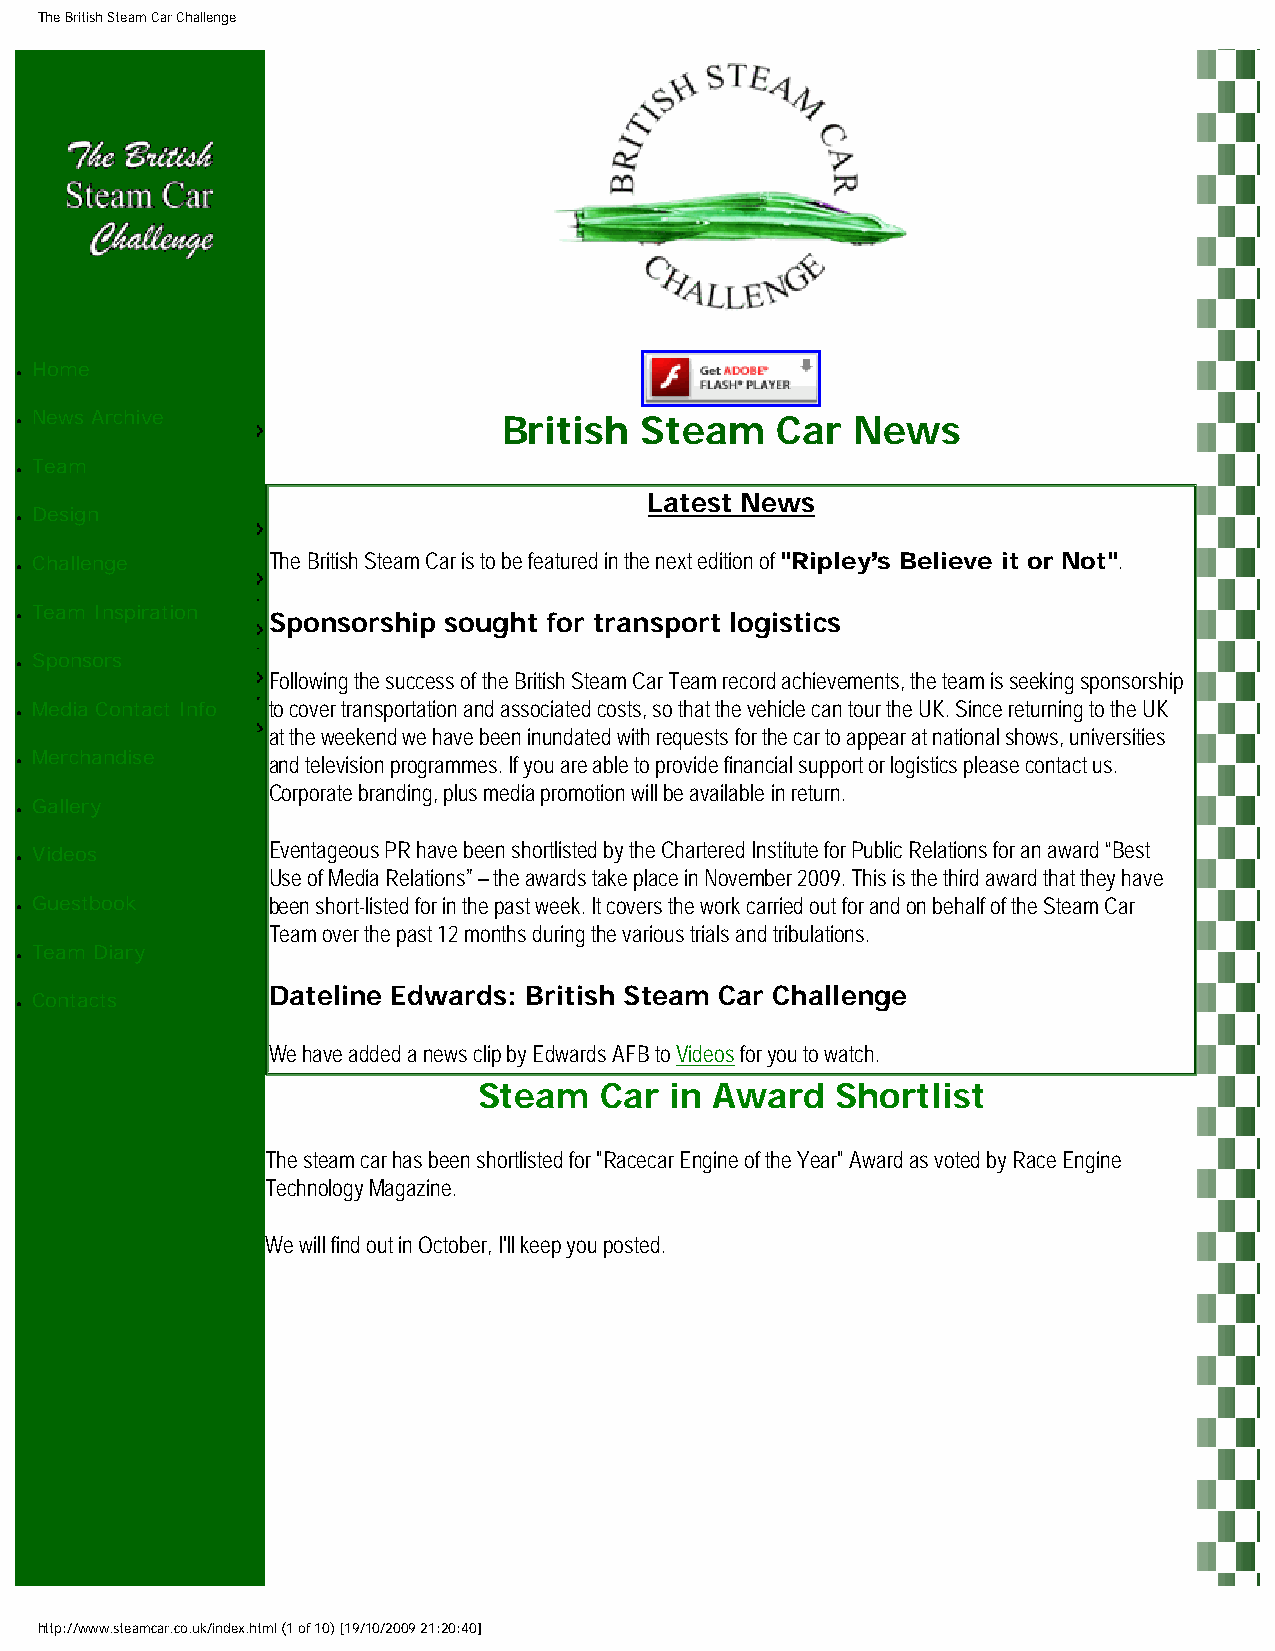
The British Steam Car Challenge
 ●
 Home
 ● News Archive                  British  Steam    Car   News
 Team
 ●
 Latest News
 Design
 ●
 Challenge       The British Steam Car is to be featured in the next edition of "Ripley’s Believe it or Not".
 ●
 Team Inspiration
 ●                Sponsorship sought for transport logistics
 Sponsors
 ●
 Following the success of the British Steam Car Team record achievements, the team is seeking sponsorship
 Media Contact Info to cover transportation and associated costs, so that the vehicle can tour the UK. Since returning to the UK
 ●
 at the weekend we have been inundated with requests for the car to appear at national shows, universities
 Merchandise
 ●                and television programmes. If you are able to provide financial support or logistics please contact us.
 Corporate branding, plus media promotion will be available in return.
 Gallery
 ●
 Videos          Eventageous PR have been shortlisted by the Chartered Institute for Public Relations for an award “Best
 ●
 Use of Media Relations” – the awards take place in November 2009. This is the third award that they have
 ● Guestbook      been short-listed for in the past week. It covers the work carried out for and on behalf of the Steam Car
 Team over the past 12 months during the various trials and tribulations.
 Team Diary
 ●
 Dateline Edwards: British Steam Car Challenge
 Contacts
 ●
 We have added a news clip by Edwards AFB to Videos for you to watch.
 Steam   Car in Award   Shortlist
 The steam car has been shortlisted for "Racecar Engine of the Year" Award as voted by Race Engine
 Technology Magazine.
 We will find out in October, I'll keep you posted.
 http://www.steamcar.co.uk/index.html (1 of 10) [19/10/2009 21:20:40]